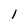
Character: l